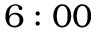
6 : 0 0